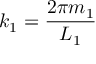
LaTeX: k _ { 1 } = { \frac { 2 \pi m _ { 1 } } { L _ { 1 } } }